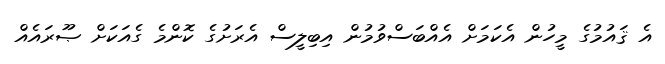
އެ ޤައުމުގެ މީހުން އެކަމަށް އެއްބަސްވުމުން އިބިލީސް އެރަށުގެ ކޮންމެ ގެއަކަށް ޞޫރައެއް